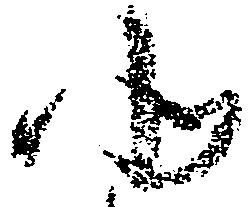
北